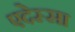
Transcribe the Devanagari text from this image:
एदेस्सा